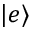
| e \rangle